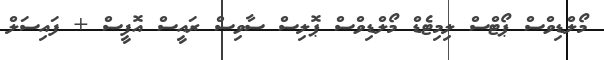
މޯލްޑިވްސް ޕޯޓްސް ލިމިޓެޑް މޯލްޑިވްސް ޕޮލިސް ސާވިސް ރައީސް އޮފީސް + ފައިސަލް